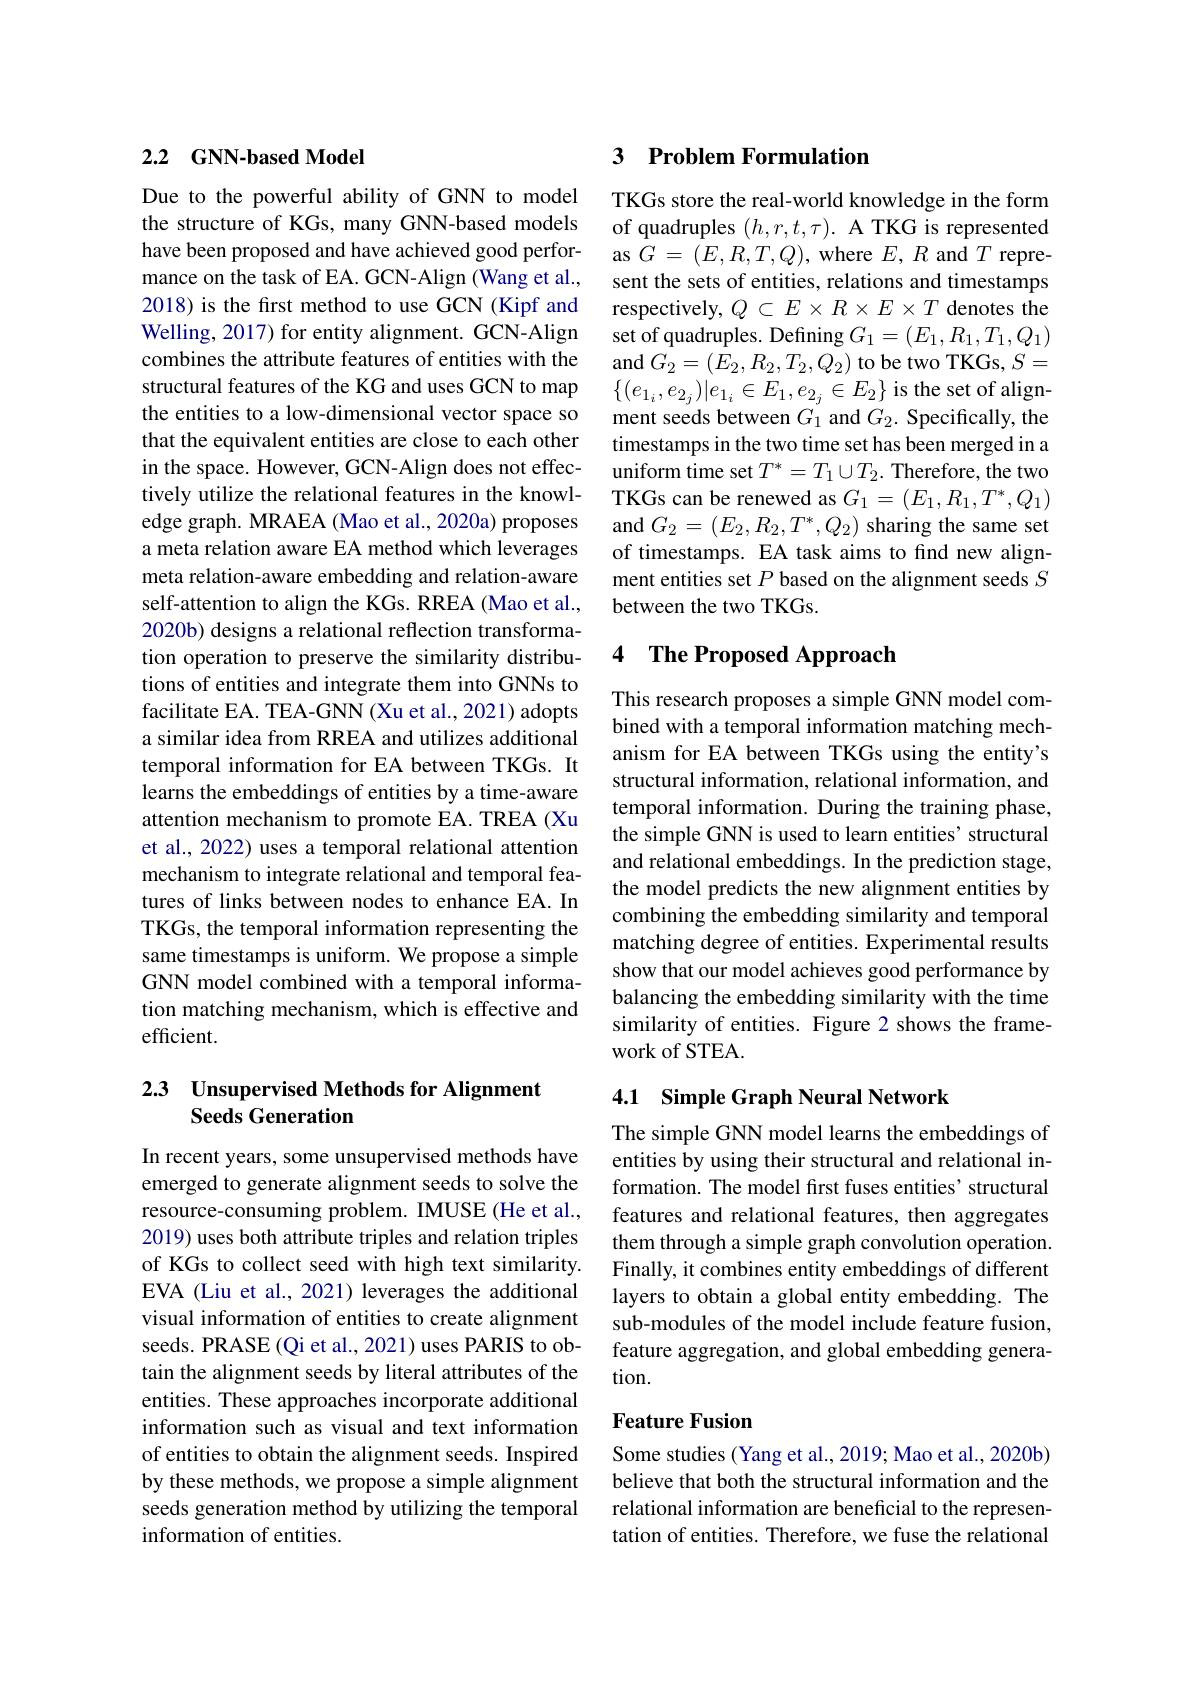
## 2.2 GNN-based Model

Due to the powerful ability of GNN to model the structure of KGs, many GNN-based models have been proposed and have achieved good performance on the task of EA. GCN-Align (Wang et al., 2018) is the first method to use GCN (Kipf and Welling, 2017) for entity alignment. GCN-Align combines the attribute features of entities with the structural features of the KG and uses GCN to map the entities to a low-dimensional vector space so that the equivalent entities are close to each other in the space. However, GCN-Align does not effectively utilize the relational features in the knowledge graph. MRAEA (Mao et al., 2020a) proposes a meta relation aware EA method which leverages meta relation-aware embedding and relation-aware self-attention to align the KGs. RREA (Mao et al., 2020b) designs a relational reflection transformation operation to preserve the similarity distributions of entities and integrate them into GNNs to facilitate EA. TEA-GNN (Xu et al., 2021) adopts a similar idea from RREA and utilizes additional temporal information for EA between TKGs. It learns the embeddings of entities by a time-aware attention mechanism to promote EA. TREA (Xu et al., 2022) uses a temporal relational attention mechanism to integrate relational and temporal features of links between nodes to enhance EA. In TKGs, the temporal information representing the same timestamps is uniform. We propose a simple GNN model combined with a temporal information matching mechanism, which is effective and efficient.

## 2.3 Unsupervised Methods for Alignment Seeds Generation

In recent years, some unsupervised methods have emerged to generate alignment seeds to solve the resource-consuming problem. IMUSE (He et al., 2019) uses both attribute triples and relation triples of KGs to collect seed with high text similarity. EVA (Liu et al., 2021) leverages the additional visual information of entities to create alignment seeds. PRASE(Qi et al., 2021) uses PARIS to obtain the alignment seeds by literal attributes of the entities. These approaches incorporate additional information such as visual and text information of entities to obtain the alignment seeds. Inspired by these methods, we propose a simple alignment seeds generation method by utilizing the temporal information of entities.

## 3 Problem Formulation

TKGs store the real-world knowledge in the form of quadruples $(h,r,t,\tau).$ A TKG is represented as $G=(E,R,T,Q)$, where $E,R$ and $T$ represent the sets of entities, relations and timestamps respectively, $Q\subset E\times R\times E\times T$ denotes the set of quadruples. Defining $G_1=(E_1,R_1,T_1,Q_1)$ and $G_{2}=(E_{2},R_{2},T_{2},Q_{2})$ to be two TKGs, $S=$ $\{(e_{1_i},e_{2_j})|e_{1_i}\in E_1,e_{2_j}\in E_2\}$ is the set of alignment seeds between $G_1$ and $G_2.$ Specifically, the timestamps in the two time set has been merged in a uniform time set $T^*=T_1\cup T_2.$ Therefore, the two TKGs can be renewed as $G_1=(E_1,R_1,T^*,Q_1)$ and $G_2=(E_2,R_2,T^*,Q_2)$ sharing the same set of timestamps. EA task aims to find new alignment entities set $P$ based on the alignment seeds $S$ between the two TKGs.

### 4 $\textbf{The Proposed Approach}$

This research proposes a simple GNN model combined with a temporal information matching mechanism for EA between TKGs using the entity's structural information, relational information, and temporal information. During the training phase, the simple GNN is used to learn entities' structural and relational embeddings. In the prediction stage, the model predicts the new alignment entities by combining the embedding similarity and temporal matching degree of entities. Experimental results show that our model achieves good performance by balancing the embedding similarity with the time similarity of entities. Figure 2 shows the framework of STEA.

## 4.1 Simple Graph Neural Network

The simple GNN model learns the embeddings of entities by using their structural and relational information. The model first fuses entities' structural features and relational features, then aggregates them through a simple graph convolution operation. Finally, it combines entity embeddings of different layers to obtain a global entity embedding. The sub-modules of the model include feature fusion, feature aggregation, and global embedding generation.

### Feature Fusion

Some studies (Yang et al., 2019; Mao et al., 2020b) believe that both the structural information and the relational information are beneficial to the representation of entities. Therefore, we fuse the relational